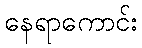
နေရာကောင်း